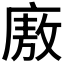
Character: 廒